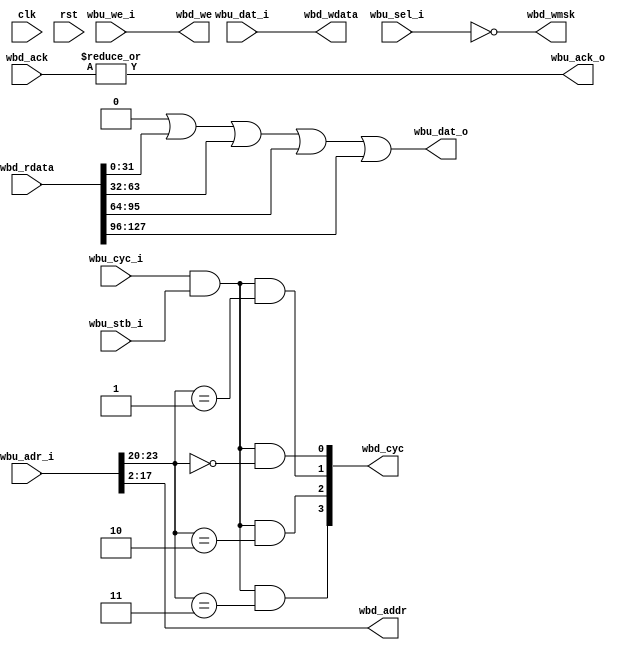
/*
 * wb_splitter.v
 *
 * Splits and adapt the bus as provided by the caravel to the
 * stuff I usually use which is not 100% wishbone
 *
 * vim: ts=4 sw=4
 *
 * Copyright (C) 2019-2020  Sylvain Munaut <tnt@246tNt.com>
 * SPDX-License-Identifier: CERN-OHL-P-2.0
 */

`default_nettype none

module wb_splitter #(
	parameter integer N = 4,	// max 16

	// auto-set
	parameter integer RL = (N * 32) - 1
)(
	// Upstream port
	input  wire         wbu_stb_i,
	input  wire         wbu_cyc_i,
	input  wire         wbu_we_i,
	input  wire   [3:0] wbu_sel_i,
	input  wire  [31:0] wbu_dat_i,
	input  wire  [31:0] wbu_adr_i,
	output wire         wbu_ack_o,
	output reg   [31:0] wbu_dat_o,

	// Downstream ports
	output wire  [15:0] wbd_addr,
	input  wire  [RL:0] wbd_rdata,
	output wire  [31:0] wbd_wdata,
	output wire  [ 3:0] wbd_wmsk,
	output wire         wbd_we,
	output reg  [N-1:0] wbd_cyc,
	input  wire [N-1:0] wbd_ack,

	// Clock / Reset
	input  wire clk,
	input  wire rst
);

	assign wbd_addr  =  wbu_adr_i[17:2];

	assign wbd_wdata = wbu_dat_i;
	assign wbd_wmsk  = ~wbu_sel_i;
	assign wbd_we    =  wbu_we_i;

	assign wbu_ack_o = |wbd_ack;

	always @(*)
	begin : wb_or_gen
		integer i;
		wbu_dat_o = 0;
		for (i=0; i<N; i=i+1)
			wbu_dat_o = wbu_dat_o | wbd_rdata[32*i+:32];
	end

	always @(*)
	begin : wb_cyc_gen
		integer i;
		wbd_cyc = 0;
		for (i=0; i<N; i=i+1)
			wbd_cyc[i] = wbu_cyc_i & wbu_stb_i & (wbu_adr_i[23:20] == i);
	end

endmodule // wb_splitter